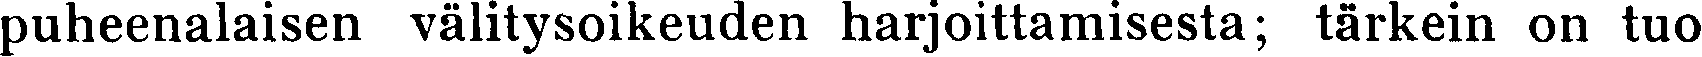
puheenalaisen välitysoikeuden harjoittamisesta; tärkein on tuo